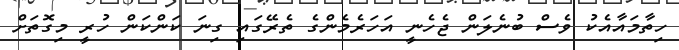
ހިތާމައާއެކު ވެސް ބުނެލަން ޖެހެނީ އަހަރެމެންގެ ތެރޭގައި ގިނަ ކަންކަން ހުރީ މިގޮތަށް